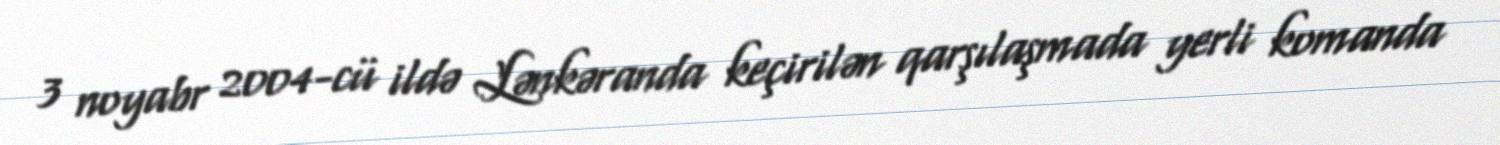
3 noyabr 2004-cü ildə Lənkəranda keçirilən qarşılaşmada yerli komanda